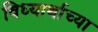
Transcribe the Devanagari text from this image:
विध्यार्थाच्या